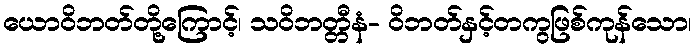
ယောဝိဘတ်တို့ကြောင့်၊ သဝိဘတ္တီနံ- ဝိဘတ်နှင့်တကွဖြစ်ကုန်သော၊